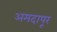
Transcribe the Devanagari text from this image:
अमदापूर